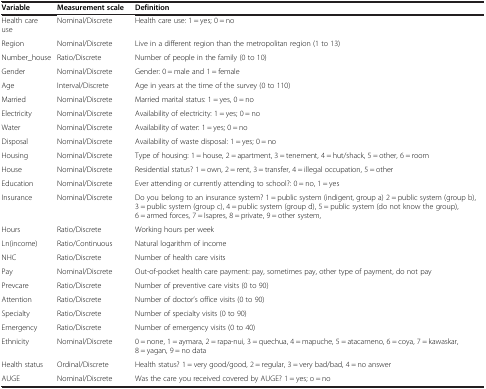
| Variable | Measurement scale | Definition |
 | --- | --- | --- |
 | Health care use | Nominal/Discrete | Health care use: 1 = yes; 0 = no |
 | Region | Nominal/Discrete | Live in a different region than the metropolitan region (1 to 13) |
 | Number_house | Ratio/Discrete | Number of people in the family (0 to 10) |
 | Gender | Nominal/Discrete | Gender: 0 = male and 1 = female |
 | Age | Interval/Discrete | Age in years at the time of the survey (0 to 110) |
 | Married | Nominal/Discrete | Married marital status: 1 = yes, 0 = no |
 | Electricity | Nominal/Discrete | Availability of electricity: 1 = yes; 0 = no |
 | Water | Nominal/Discrete | Availability of water: 1 = yes; 0 = no |
 | Disposal | Nominal/Discrete | Availability of waste disposal: 1 = yes; 0 = no |
 | Housing | Nominal/Discrete | Type of housing: 1 = house, 2 = apartment, 3 = tenement, 4 = hut/shack, 5 = other, 6 = room |
 | House | Nominal/Discrete | Residential status? 1 = own, 2 = rent, 3 = transfer, 4 = illegal occupation, 5 = other |
 | Education | Nominal/Discrete | Ever attending or currently attending to school?: 0 = no, 1 = yes |
 | Insurance | Nominal/Discrete | Do you belong to an insurance system? 1 = public system (indigent, group a) 2 = public system (group b), 3 = public system (group c), 4 = public system (group d), 5 = public system (do not know the group), 6 = armed forces, 7 = Isapres, 8 = private, 9 = other system, |
 | Hours | Ratio/Discrete | Working hours per week |
 | Ln(income) | Ratio/Continuous | Natural logarithm of income |
 | NHC | Ratio/Discrete | Number of health care visits |
 | Pay | Nominal/Discrete | Out-of-pocket health care payment: pay, sometimes pay, other type of payment, do not pay |
 | Prevcare | Ratio/Discrete | Number of preventive care visits (0 to 90) |
 | Attention | Ratio/Discrete | Number of doctor’s office visits (0 to 90) |
 | Specialty | Ratio/Discrete | Number of specialty visits (0 to 90) |
 | Emergency | Ratio/Discrete | Number of emergency visits (0 to 40) |
 | Ethnicity | Nominal/Discrete | 0 = none, 1 = aymara, 2 = rapa-nui, 3 = quechua, 4 = mapuche, 5 = atacameno, 6 = coya, 7 = kawaskar, 8 = yagan, 9 = no data |
 | Health status | Ordinal/Discrete | Health status? 1 = very good/good, 2 = regular, 3 = very bad/bad, 4 = no answer |
 | AUGE | Nominal/Discrete | Was the care you received covered by AUGE? 1 = yes; o = no |